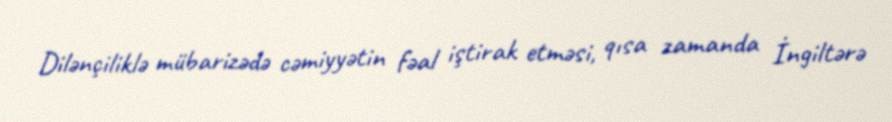
Dilənçiliklə mübarizədə cəmiyyətin fəal iştirak etməsi, qısa zamanda İngiltərə